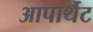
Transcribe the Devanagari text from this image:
आपार्थैट